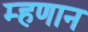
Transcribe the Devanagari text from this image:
म्हणान